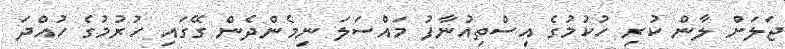
ޖަލަށް ލާން ކުރި ހުކުމުގެ އިސްތިއުނާފު މައްސަލަ ނިމެންދެން ގޭގައި ހުރުމުގެ ހުއްދަ